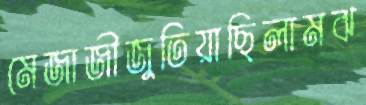
মেজাজীজুতিয়াছিলামঝ